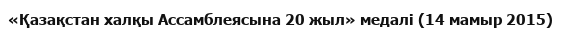
«Қазақстан халқы Ассамблеясына 20 жыл» медалі (14 мамыр 2015)